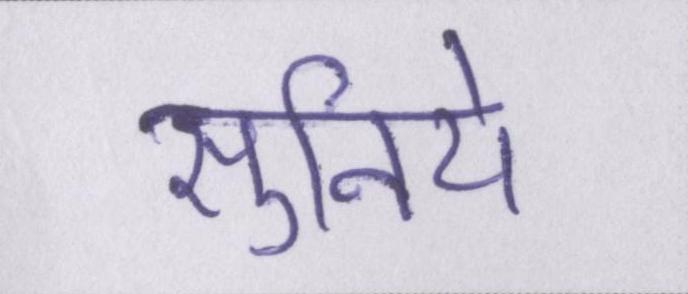
सुनिये